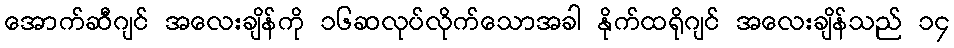
အောက်ဆီဂျင် အလေးချိန်ကို ၁၆ဆလုပ်လိုက်သောအခါ နိုက်ထရိုဂျင် အလေးချိန်သည် ၁၄